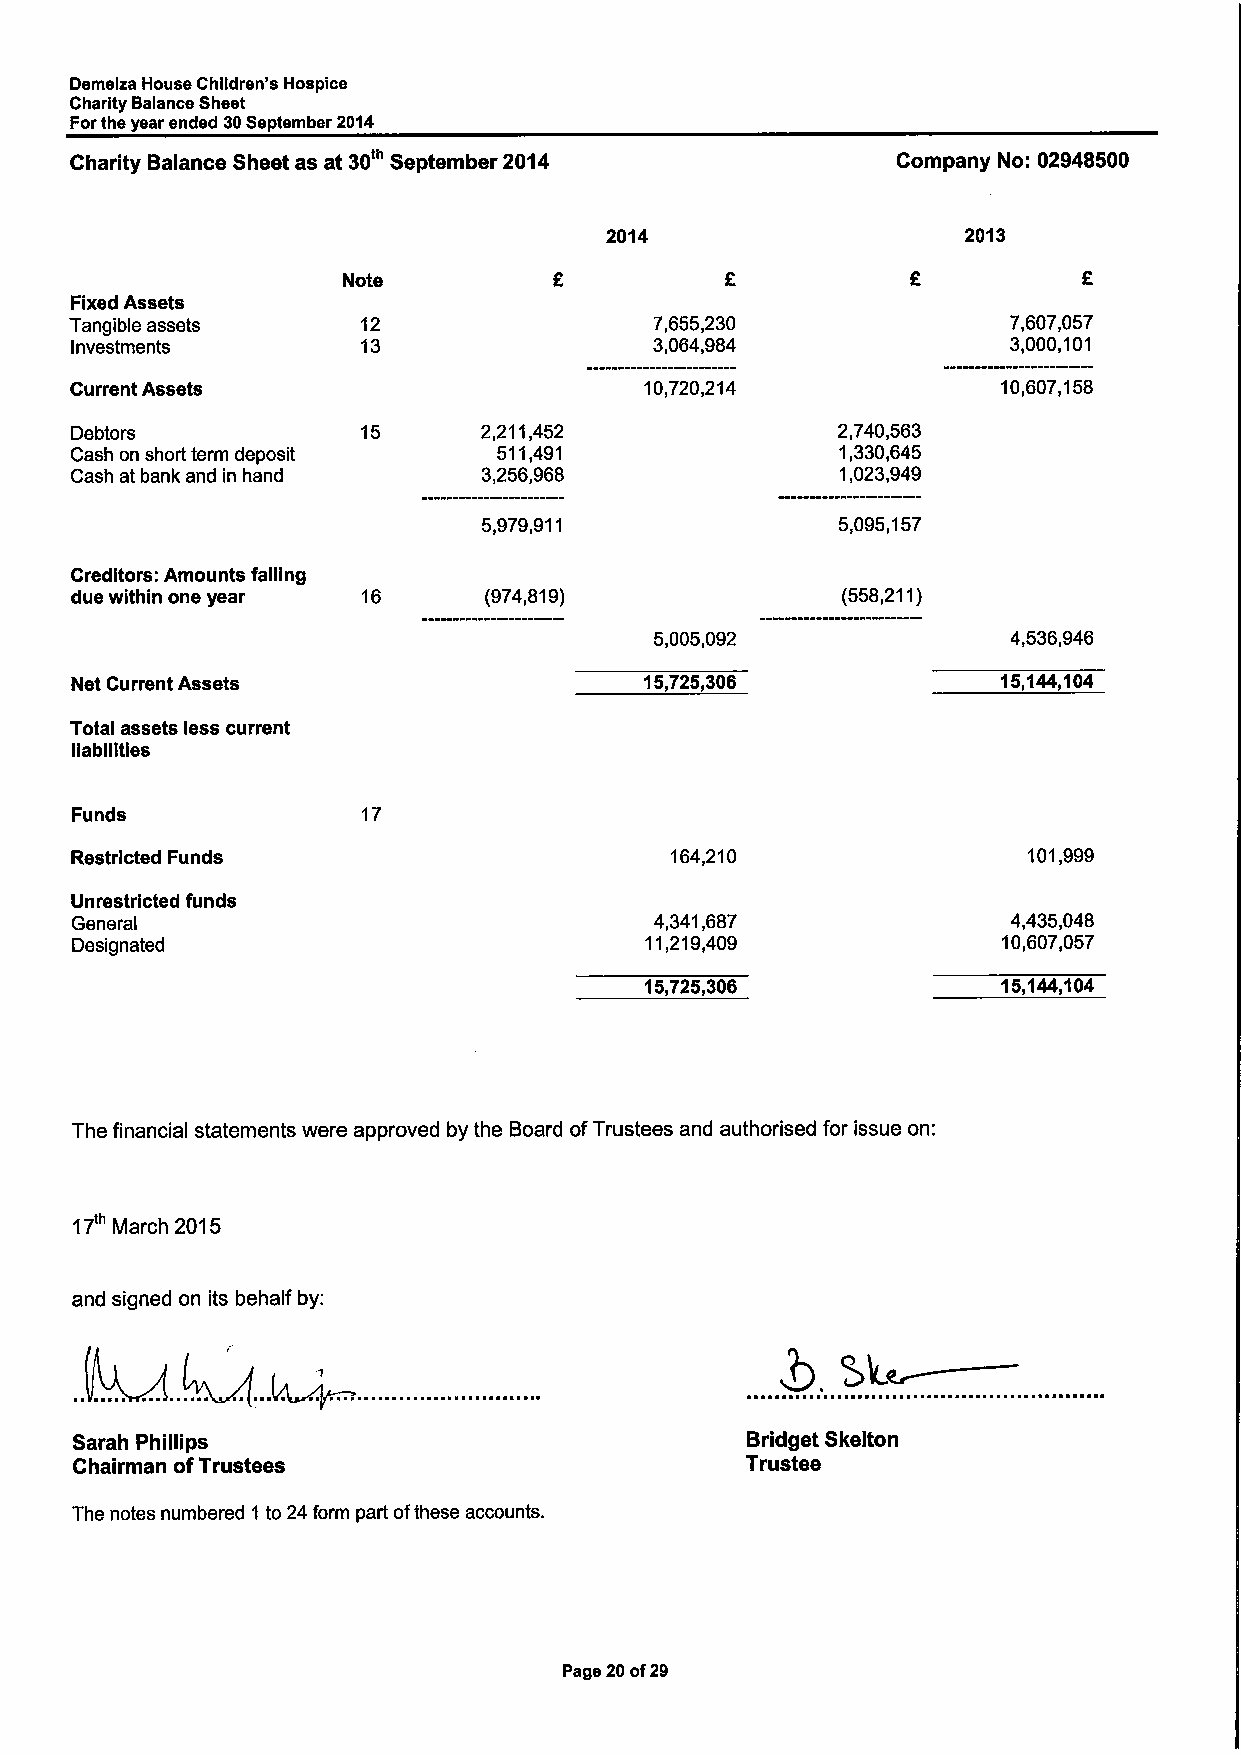
Demelza House Children's Hospice
 Charity Balance Sheet
 Forthe year ended 30September 2014
 Charity Balance Sheet as at 30' September 2014        Company No: 02948500
 2014                    2013
 Note
 Fixed Assets
 Tangible assets    12                 7,655,230               7,607,057
 Investments        13                 3,064,984               3,000,101
 Current Assets                        10,720,214             10,607,158
 Debtors            15      2,211,452              2,740,563
 Cash on short term deposit  511,491                1,330,645
 Cash at bank and in hand   3,256,968               1,023,949
 5,979,911              5,095,157
 Creditors: Amounts falling
 due within one year 16     (974,819)               (558,211)
 5,005,092               4,536,946
 Net Current Assets                    15,725,306             15,144,104
 Total assets less current
 liabilities
 Funds              17
 Restricted Funds                       164,210                 101,999
 Unrestricted funds
 General                               4,341,687               4,435,048
 Designated                            11,219,409             10,607,057
 15,725,306             15,144,104
 The financial statements were approved by the Board ofTrustees and authorised for issue on:
 17' March 2015
 and signed on its behalf by:
 Sarah Phillips                              Bridget Skelton
 Chairman ofTrustees                         Trustee
 The notes numbered 1 to 24form part ofthese accounts.
 Page 20of29